Riigikantselei, lk 143
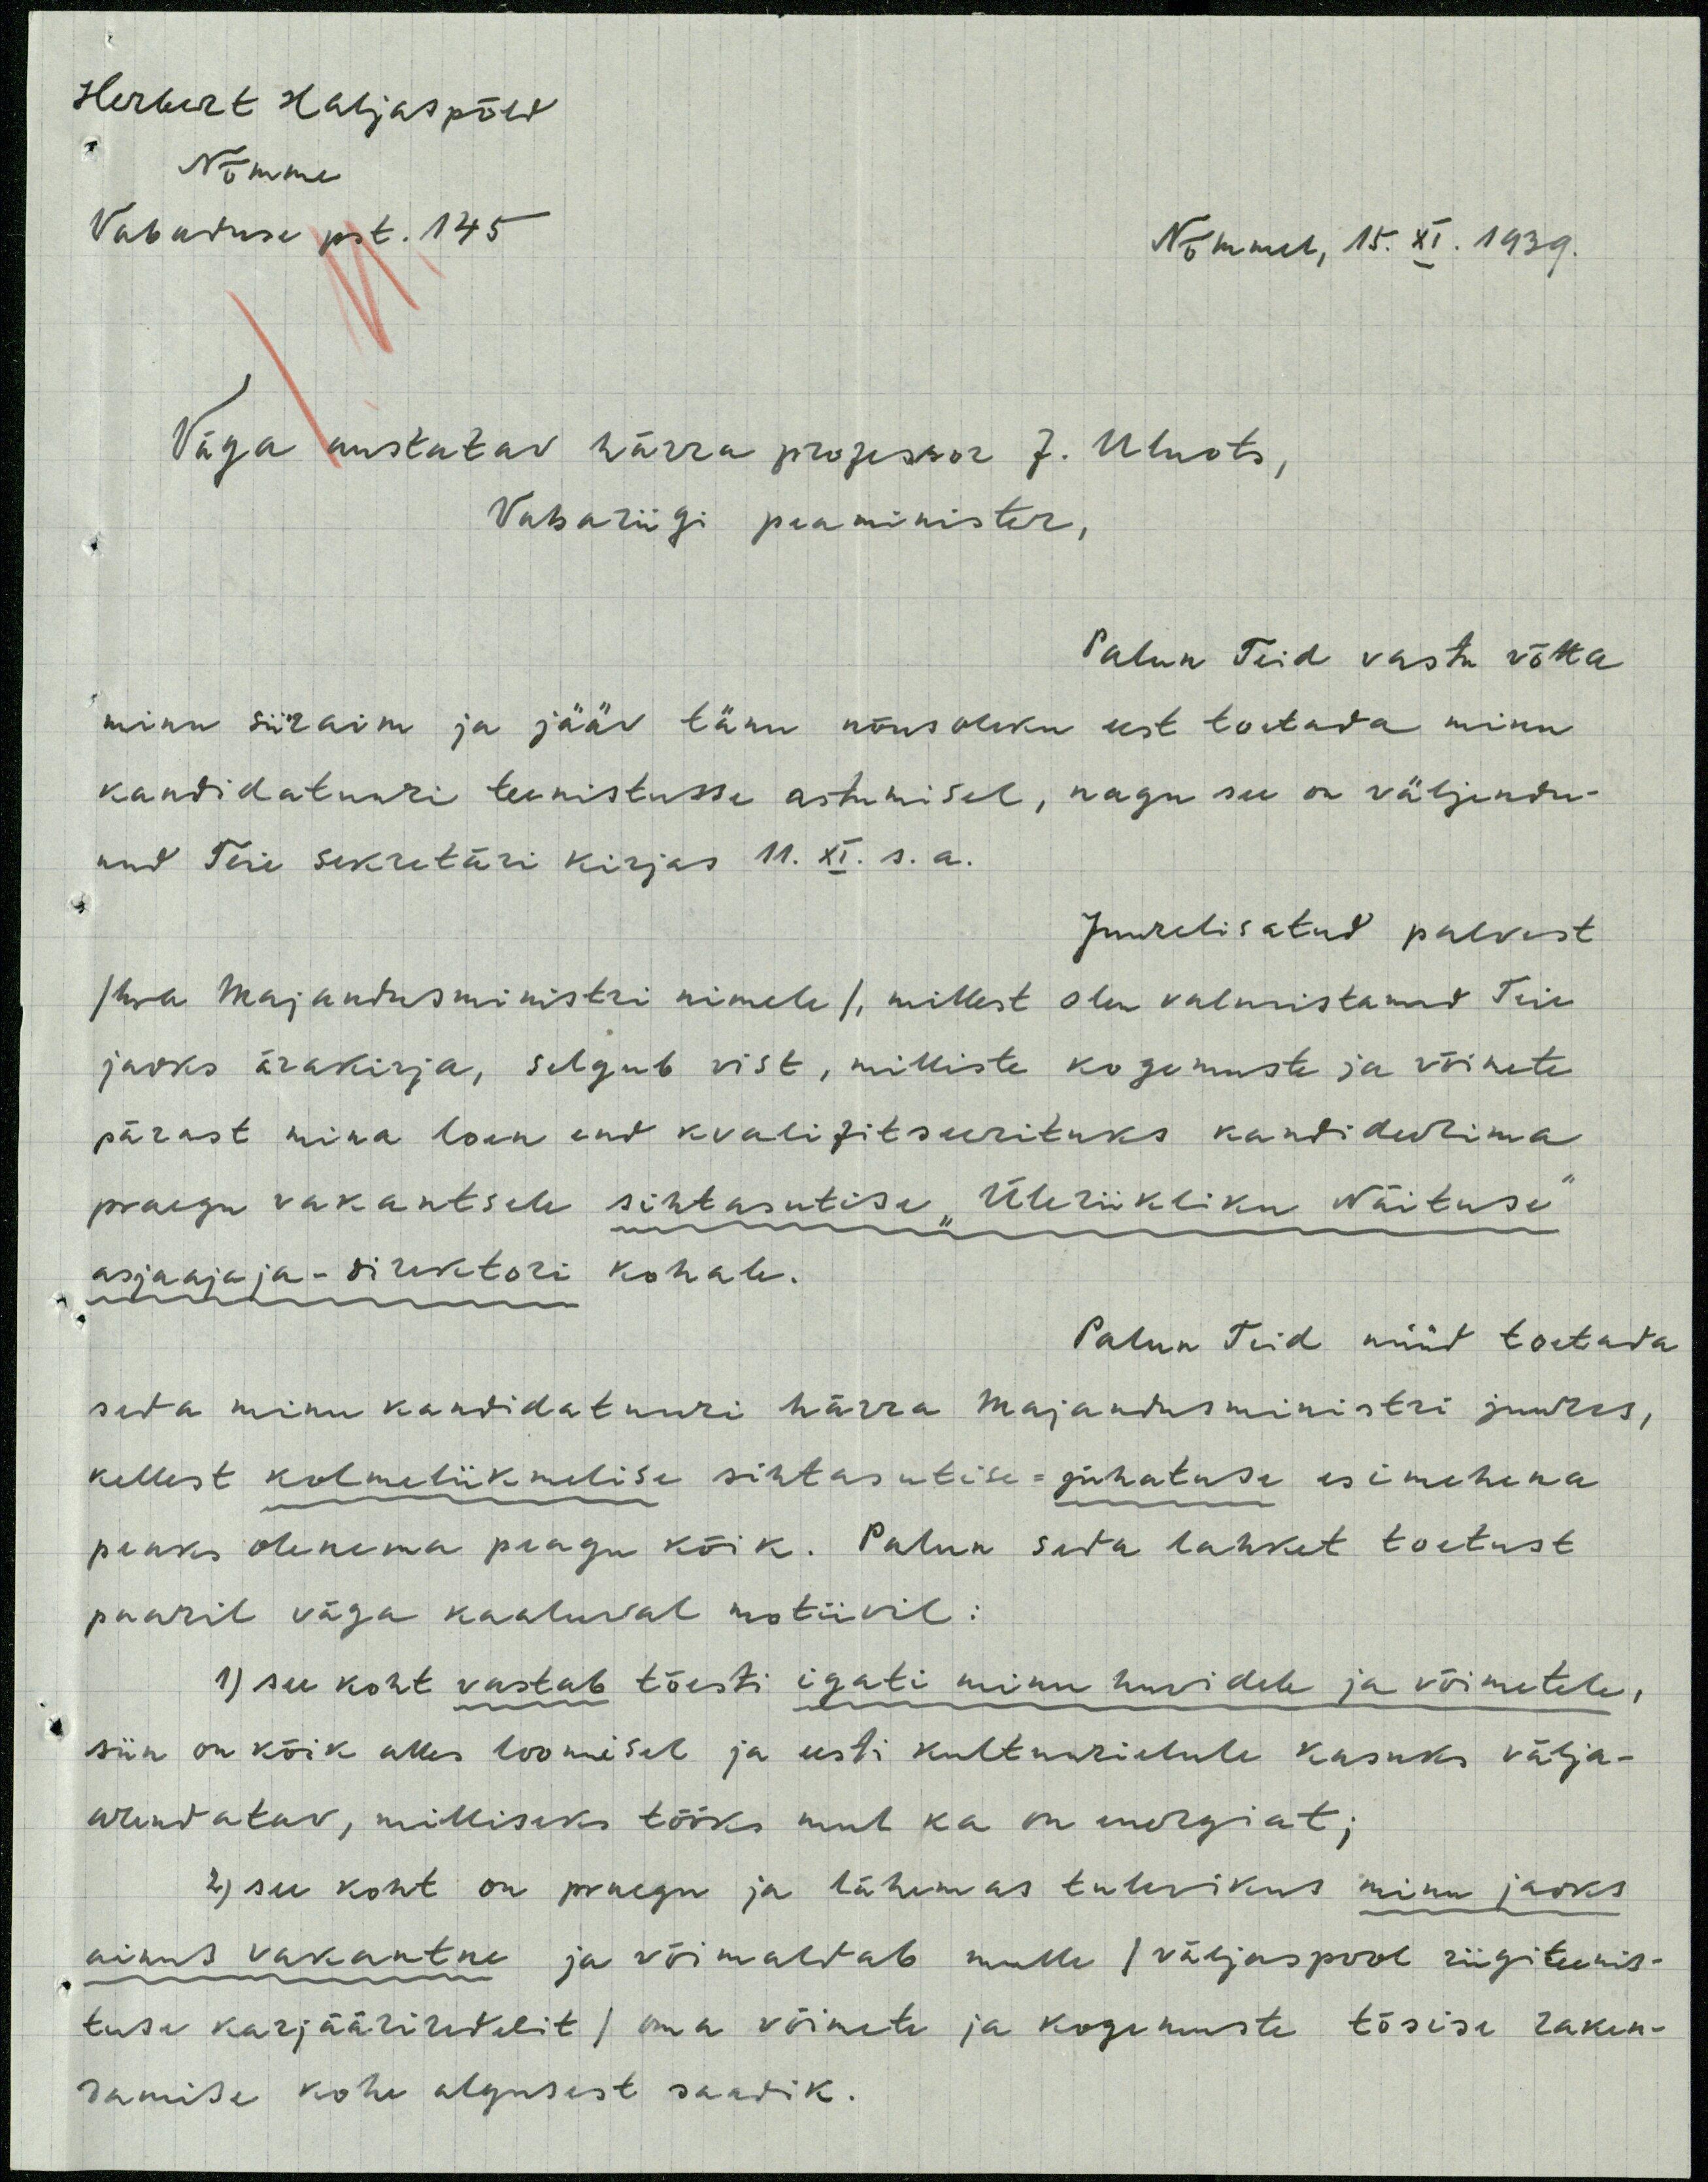
Herbert Haljaspõld
Nõmme
Vabaduse pst. 145
Nõmmel, 15. XI. 1939.
Väga austatav härra professor J. Uluots,
Vabariigi peaminister,
Palun Teid vastu võtta
minu siiraim ja jääv tänu nõusoleku eest toetada minu
kandidatuuri teenistusse astumisel, nagu see on väljendu-
nud Teie sekretäri kirjas 11. XI. s.a.
Juurelisatud palvest
/hra Majandusministri nimele/, millest olen valmistanud Teie
jaoks ärakirja, selgub vist, milliste kogemuste ja võimete
pärast mina loen end kvalifitseerituks kandideerima
praegu vakantsele sihtasutise "Üleriikliku Näituse"
asjaajaja - direktori kohale.
Palun Teid nüüd toetada
seda minu kandidatuuri härra majandusministri juures,
kellest kolmeliikmelise sihtasutise-juhatuse esimehena
peaks olenema praegu kõik. Palun seda lahket toetust
paaril väga kaaluval motiivil:
1) see koht vastab tõesti igati minu huvidele ja võimetele,
siin on kõik alles loomisel ja eesti kultuurielule kasuks välja-
arendatav, milliseks tööks mul ka on energiat;
2) see koht on praegu ja lähemas tulevikus minu jaoks
ainus vakantne ja võimaltab mulle /väljaspool riigiteenis-
tuse karjääriredelit/ oma võimete ja kogemuste tõsise raken-
damise kohe algusest saadik.